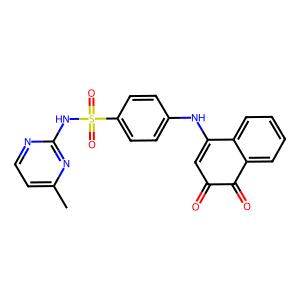
SMILES: Cc1ccnc(NS(=O)(=O)c2ccc(NC3=CC(=O)C(=O)c4ccccc43)cc2)n1
Inhibits HIV replication: No